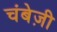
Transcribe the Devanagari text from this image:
चंबेज़ी